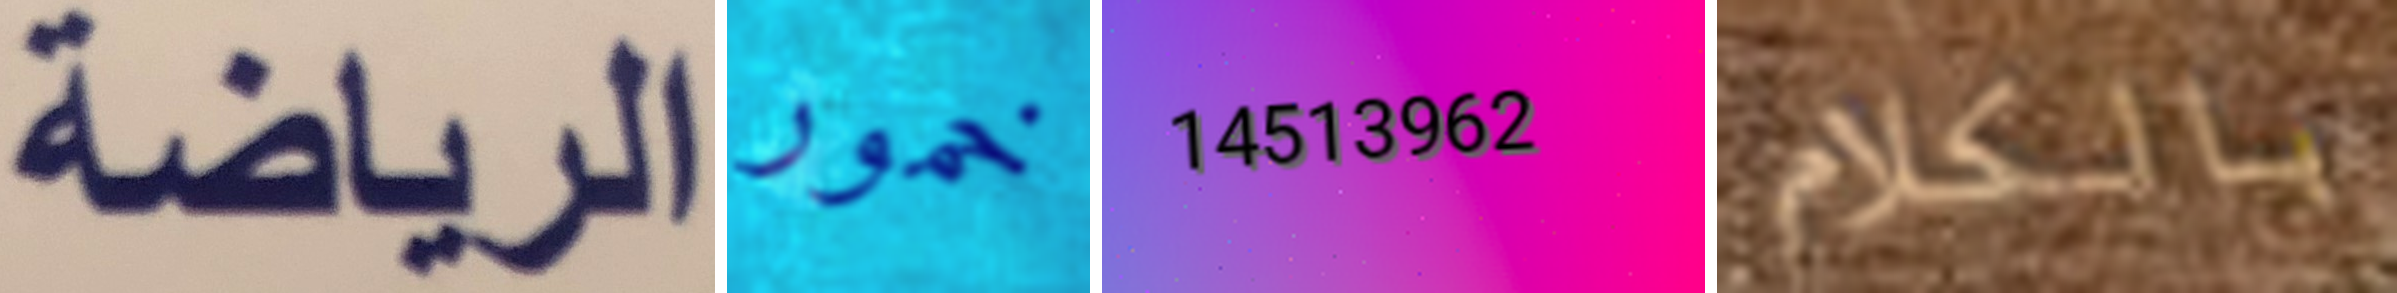
الرياضة خمور 14513962 بالكلام